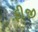
ફીજી